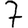
Digit: 7